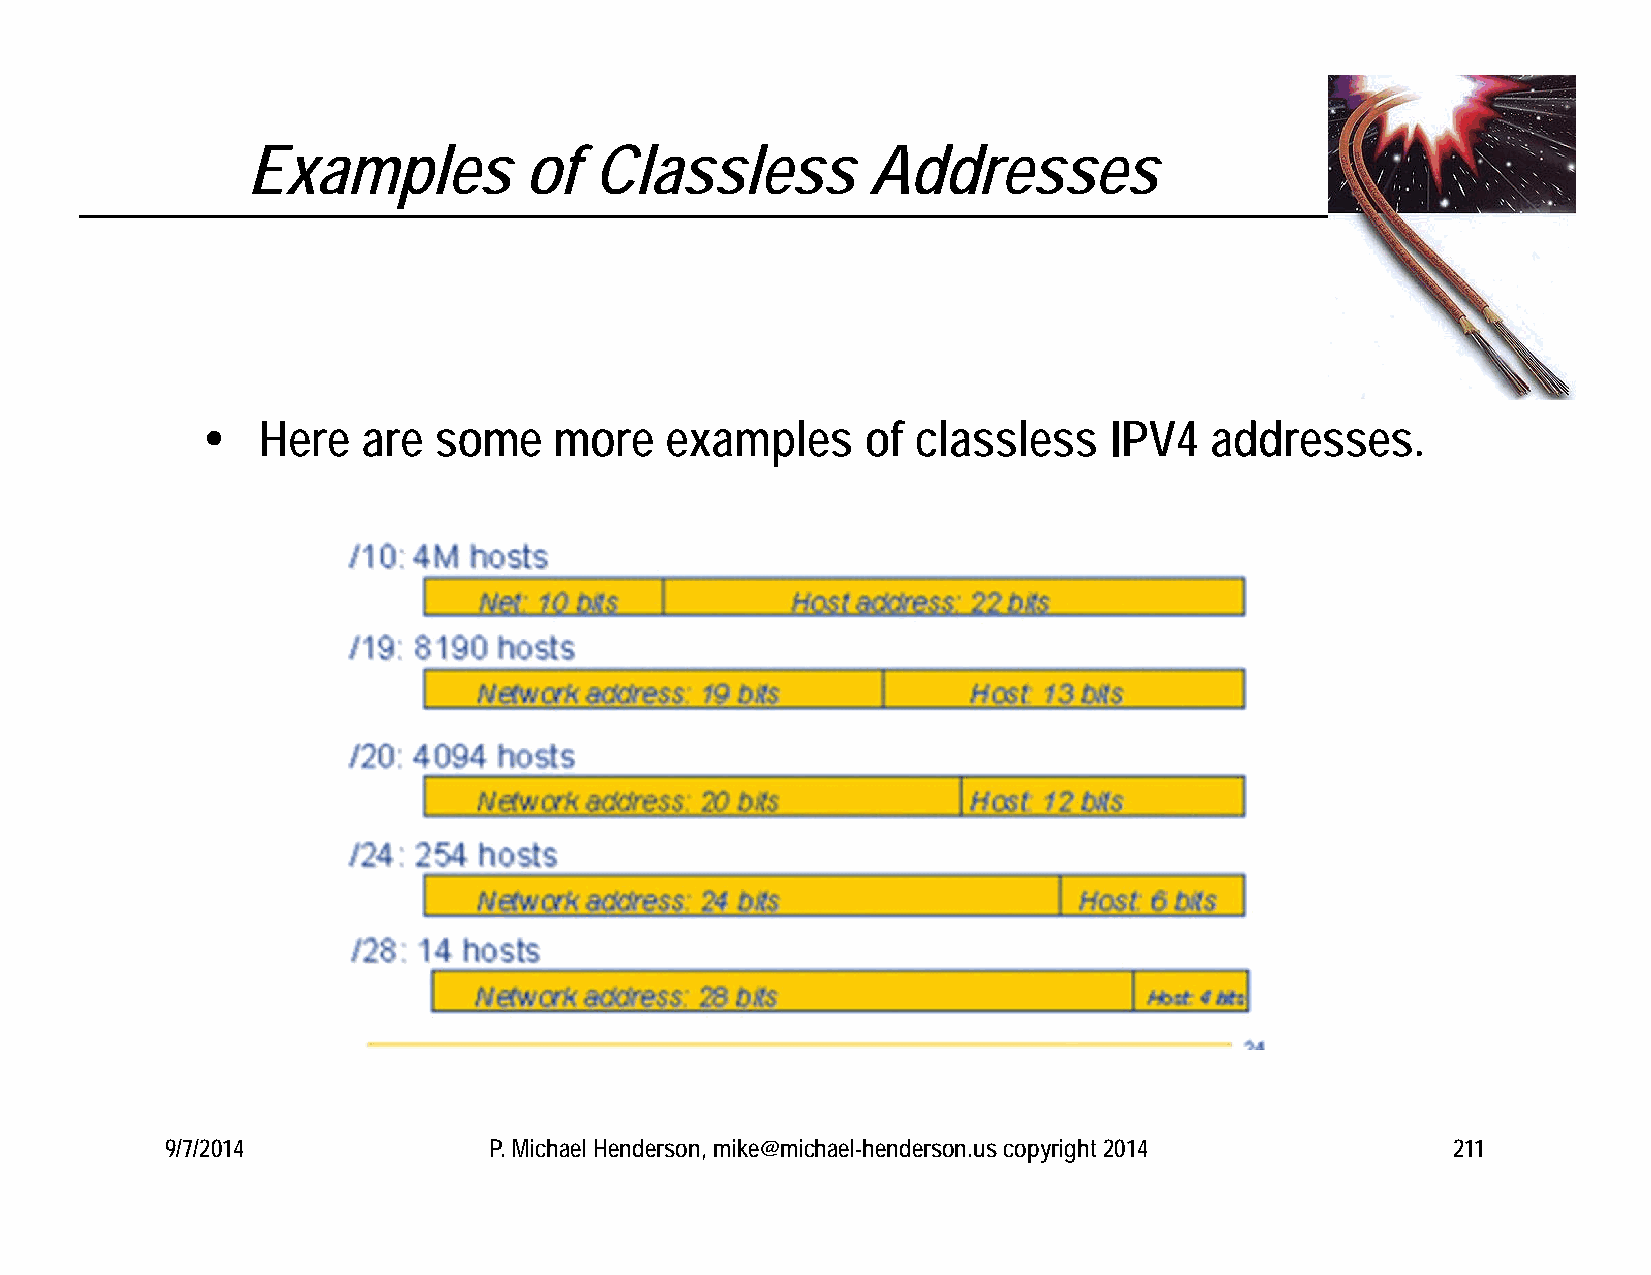
Examples           of  Classless         Addresses
    Here   are  some    more   examples     of  classless   IPV4   addresses.
 9/7/2014             P. Michael Henderson, mike@michael-henderson.us copyright 2014  211